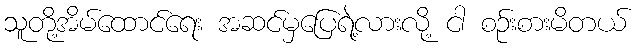
သူတို့အိမ်ထောင်ရေး အဆင်မှပြေရဲ့လားလို့ ငါ စဉ်းစားမိတယ်